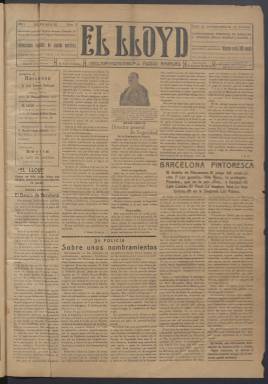
Título: El Lloyd (Madrid)
Colección: Periódicos
Ámbito geográfico: Madrid
Lugar de publicación: Madrid
Fechas: 15/12/1920-05/10/1927